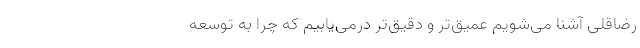
رضا‌قلی آشنا می‌شویم عمیق‌تر و دقیق‌تر درمی‌یابیم که چرا به توسعه